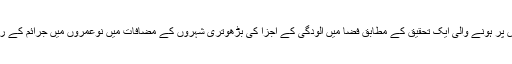
امریکی شہر لاس اینجلس پر ہونے والی ایک تحقیق کے مطابق فضا میں آلودگی کے اجزا کی بڑھوتری شہروں کے مضافات میں نوعمروں میں جرائم کے رجحان کو بڑھا دیتی ہے۔